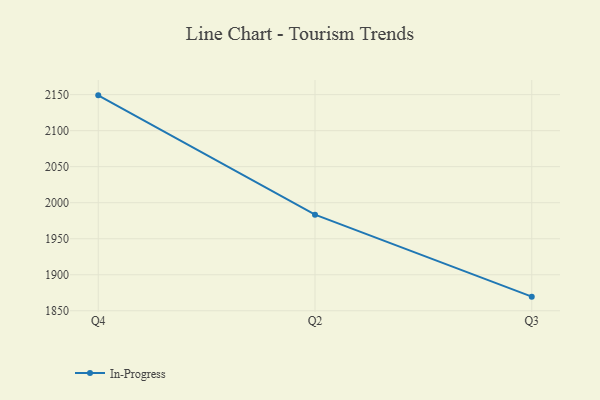
{"axis": {"x": "Quarter", "y": "Latency (ms)"}, "legend": ["In-Progress"], "data": [{"x": "Q4", "y": 2149.0, "type": "In-Progress"}, {"x": "Q2", "y": 1983.4, "type": "In-Progress"}, {"x": "Q3", "y": 1869.6, "type": "In-Progress"}]}